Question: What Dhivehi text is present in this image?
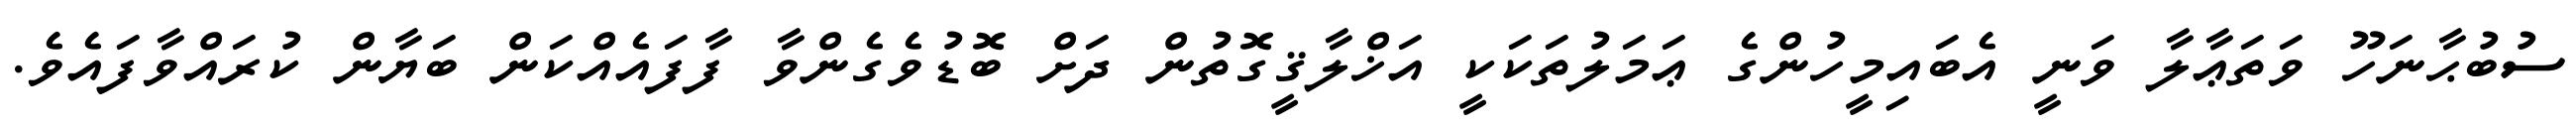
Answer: ސުބުޙާނަހޫ ވަތަޢާލާ ވަނީ އެބައިމީހުންގެ ޢަމަލުތަކަކީ އަޚްލާޤީގޮތުން ދަށް ބޮޑުވެގެންވާ ފާފައެއްކަން ބަޔާން ކުރައްވާފައެވެ.